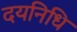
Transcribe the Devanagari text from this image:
दयनिधि